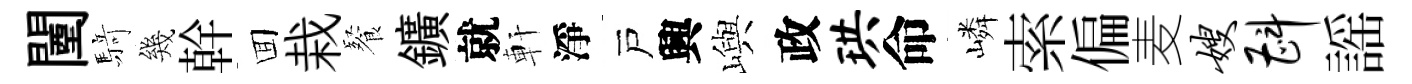
闉𮪍幾幹囬栽餐鑛就軒淨戸興嶼政珙命嶙索偏麦嫂斟謡